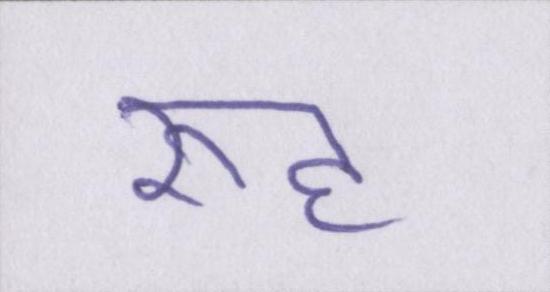
रूह